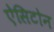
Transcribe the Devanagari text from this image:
ऐसिटोन